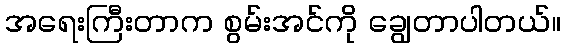
အရေးကြီးတာက စွမ်းအင်ကို ချွေတာပါတယ်။